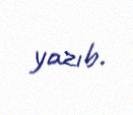
yazıb.